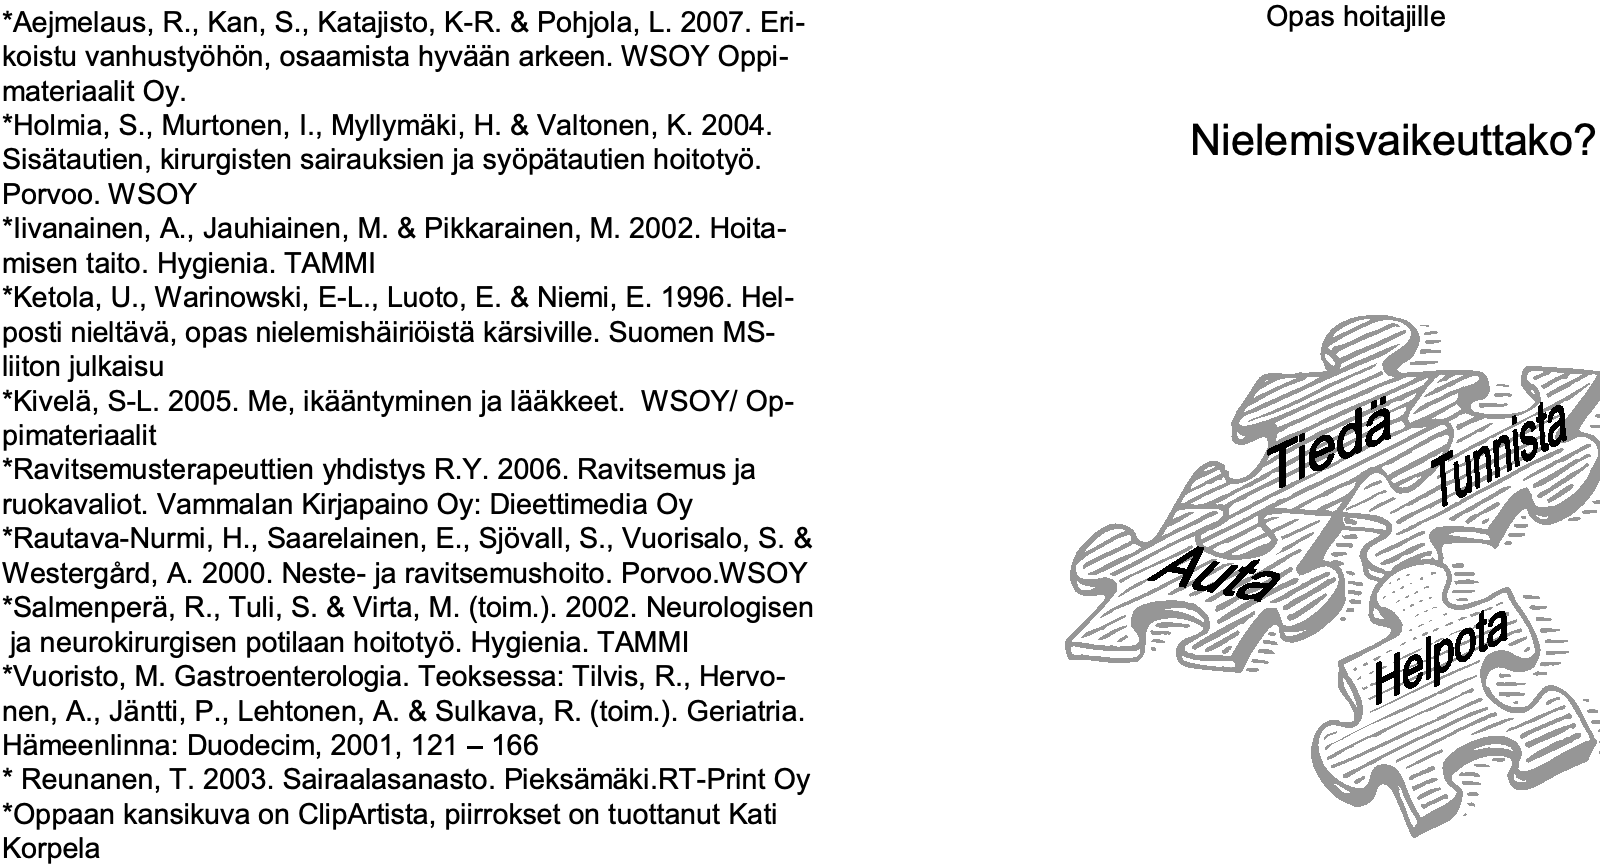
*Aejmelaus, R., Kan, S., Katajisto, K-R. & Pohjola, L. 2007. Eri- Opas hoitajille koistu vanhustyöhön, osaamista hyvään arkeen. WSOY Oppi- materiaalit Oy. *Holmia, S., Murtonen, I., Myllymäki, H. & Valtonen, K. 2004. Nielemisvaikeuttako? Sisätautien, kirurgisten sairauksien ja syöpätautien hoitotyö. Porvoo. WSOY *Iivanainen, A., Jauhiainen, M. & Pikkarainen, M. 2002. Hoita- misen taito. Hygienia. TAMMI *Ketola, U., Warinowski, E-L., Luoto, E. & Niemi, E. 1996. Hel- posti nieltävä, opas nielemishäiriöistäkärsiville. Suomen MS- liiton julkaisu *Kivelä, S-L. 2005. Me, ikääntyminen ja lääkkeet. WSOY/ Op- pimateriaalit *Ravitsemusterapeuttien yhdistys R.Y. 2006. Ravitsemus ja ruokavaliot. Vammalan Kirjapaino Oy: Dieettimedia Oy *Rautava-Nurmi, H., Saarelainen, E., Sjövall, S., Vuorisalo, S. & Westergård, A. 2000. Neste-ja ravitsemushoito. Porvoo.WSOY *Salmenperä, R., Tuli, S. & Virta, M. (toim.). 2002. Neurologisen ja neurokirurgisen potilaan hoitotyö. Hygienia. TAMMI *Vuoristo, M. Gastroenterologia. Teoksessa: Tilvis, R., Hervo- nen, A., Jäntti, P., Lehtonen, A. & Sulkava, R. (toim.). Geriatria. Hämeenlinna: Duodecim, 2001, 121 –166 *Reunanen, T. 2003. Sairaalasanasto. Pieksämäki.RT-Print Oy *Oppaan kansikuva on ClipArtista, piirrokset on tuottanut Kati Korpela